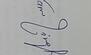
Signature authenticity: genuine